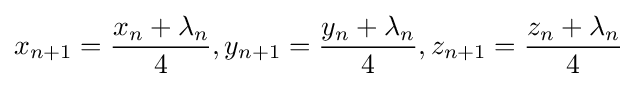
x_{n+1}={\frac {x_{n}+\lambda _{n}}{4}},y_{n+1}={\frac {y_{n}+\lambda _{n}}{4}},z_{n+1}={\frac {z_{n}+\lambda _{n}}{4}}